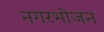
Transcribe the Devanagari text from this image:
नगरभोजन